[Report on the health of British troops in the Madras command]
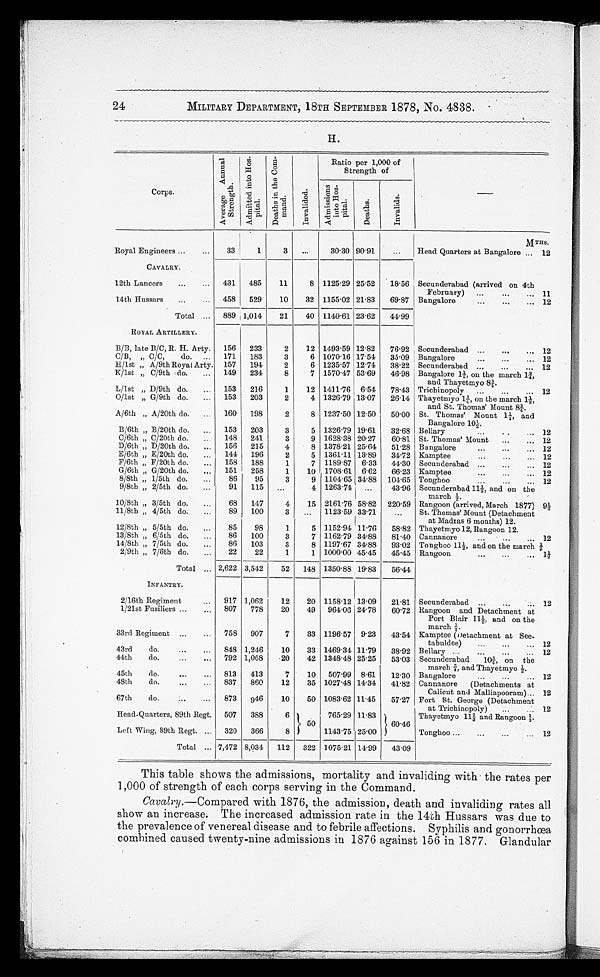
24
MILITARY DEPARTMENT, 18TH SEPTEMBER 1878, No. 4838.
H.
Corps.
A v e r a g e A n n u a l S t r e n g t h .
A d m i t t e d i n t o H o s - p i t a l .
D e a t h s i n t h e C o m - m a n d .
Invalided. Ratio per 1,000 of
Strength of
A d mi s s i o n s i n t o H o s - p i t a l .
Deat hs.
I n v a l i d s .
MTHS.
Royal Engineers
33
1
3
30·30 90·91
Head Quarters at Bangalore
12
CAVALRY.
12th Lancers
431
485
11
8 1125·29 25·52
18·56 Secunderabad (arrived on 4th
February)
11
14th Hussars
458
529
10
32 1155·02 21·83
69·87 Bangalore
12
Total
889 1,014
21
40 1140·61 23·62
44·99
ROYAL ARTILLERY.
B/B, late B/C, R. H. Arty.
156
233
2
12 1493·59 12·82
76·92 Secunderabad
12
C/B, „ C/C, do.
171
183
3
6 1070·16 17·54
35·09 Bangalore
12
H/1st „ A/9th Royal Arty. 157
194
2
6 1235·57 12·74
38·22 Secunderabad
12
K/lst „ C/9th do.
149
234
8
7 1570·47 53·69
46·98 Bangalore 1½, on the march 1¾,
and Thayetmyo 8¾.
L/lst „ D/9th do.
153
216
1
12 1411·76 6·54
78·43 Trichinopoly
12
O/1st „ G/9th do.
153
203
2
4 1326·79 13·07
26·14 Thayetmyo 1¾, on the march 1½,
and St. Thomas' Mount 8¾.
A/6th „ A/20th do.
160
198
2
8 1237·50 12·50
50·00 St. Thomas' Mount 1½, and
Bangalore 10½.
B/6th „ B/20th do.
153
203
3
5 1326·79 19·61
32·68 Bellary
12
C/6th „ C/20th do.
148
241
3
9 1628·38 20·27
60·81 St. Thomas' Mount
12
D/6th „ D/20th do.
156
215
4
8 1378·21 25·64
51·28 Bangalore
12
E/6th „ E/20th do.
144
196
2
5 1361·11 13·89
34·72 Kamptee
12
F/6th „ F/20th do.
158
188
1
7 1189·87 6·33
44·30 Secunderabad
12
G/6th „ G/20th do.
151
258
1
10 1708·61 6·62
66·23 Kamptee
12
8/8th „ 1/5th do.
86
95
3
9 1104·65 34·88 104·65 Tonghoo
12
9/8th „ 2/5th do.
91
115
4 1263·74
43·96 Secunderabad 11½, and on the
march ½.
10/8th „ 3/5th do.
68
147
4
15 2161·76 58·82 220·59 Rangoon (arrived, March 1877) 9½
11/8th „ 4/5th do.
89
100
3
1123·59 33·71
St. Thomas' Mount (Detachment
at Madras 6 months) 12.
12/8th „ 5/5th do.
85
98
1
5 1152·94 11·76
58·82 Thayetmyo 12, Rangoon 12.
13/8th „ 6/5th do.
86
100
3
7 1162·79 34·88
81·40 Cannanore
12
14/8th „ 7/5th do.
86
103
3
8 1197·67 34·88
93·02 Tonghoo 11½, and on the march ½
2/9th „ 7/6th do.
22
22
1
1 1000·00 45·45
45·45 Rangoon
1 ½
Total
2,622 3,542
52
148 1350·88 19·83
56·44
INFANTRY.
2/16th Regiment
917 1,062
12
20 1158·12 13·09
21·81 Secunderabad
12
1/21st Fusiliers
807
778
20
49
964·06 24·78
60·72 Rangoon and Detachment at
Port Blair 11½, and on the
march ½.
33rd Regiment
758
907
7
33 1196·57 9·23
43·54 Kamptee (Detachment at See
-tabuldee)
12
43rd do.
848 1,246
10
33 1469·34 11·79
38·92 Bellary
12
44th do.
792 1,068
20
42 1348·48 25·25
53·03 Secunderabad 10¾, on the
march, ¾ and Thayetmyo ½.
45th do.
813
413
7
10
507·99 8·61
12·30 Bangalore
12
48th do.
837
860
12
35 1027·48 14·34
41·82 Cannanore (Detachments at
Calicut and Malliapooram)
12
67th do.
873
946
10
50 1083·62 11·45
57·27 Fort St. George (Detachment
at Trichinopoly)
12
Head-Quarters, 89th Regt.
507
388
6
50
765·29 11·83
60·46
Thayetmyo 112/3 and Rangoon 1/3.
Left Wing, 89th Regt.
320
366
8
1143·75 25·00
Tonghoo
12
Total
7,472 8,034
112
322 1075·21 14·99
43·09
This table shows the admissions, mortality and invaliding with the rates per
1,000 of strength of each corps serving in the Command.
Cavalry .—Compared with 1876, the admission, death and invaliding rates all
show an increase. The increased admission rate in the 14th Hussars was due to
the prevalence of venereal disease and to febrile affections. Syphilis and gonorrhœa
combined caused twenty-nine admissions in 1876 against 156 in 1877. Glandular